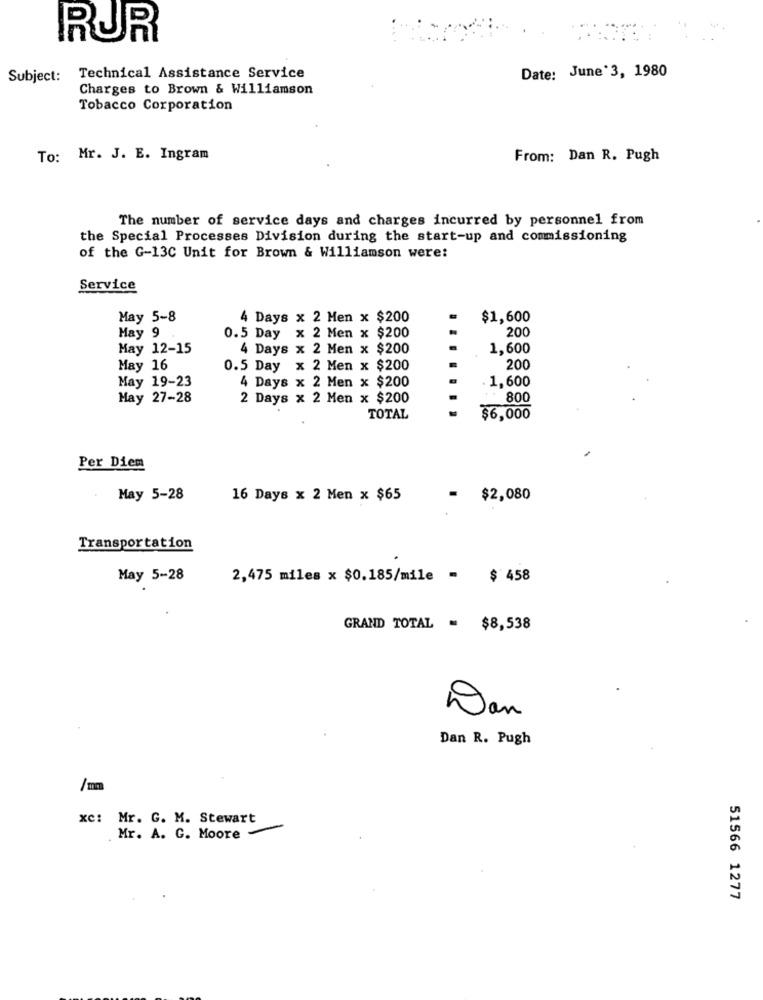
RUR
Subject: Technical Assistance Service
Date: June 3, 1980
Charges to Brown & Williamson
Tobacco Corporation
To: Mr. J. E. Ingram
From: Dan R. Pugh
The number of service days and charges incurred by personnel from
the Special Processes Division during the start-up and commissioning
of the G-13C Unit for Brown & Williamson were:
Service
May 5-8
4 Days x 2 Men x $200
$1,600
200
May 9
0.5 Day x 2 Men x $200
May 12-15
4 Days x 2 Men x $200
1.600
May 16
0.5 Day x 2 Men x $200
200
May 19-23
4 Days x 2 Men x $200
1,600
May 27-28
2 Days x 2 Men x $200
800
TOTAL
$6,000
Per Diem
May 5-28
16 Days x 2 Men x $65
= $2,080
Transportation
May 5-28
2,475 miles x $0.185/mile = $ 458
GRAND TOTAL = $8,538
Dan
Dan R. Pugh
/mm
xC:
Mr. G. M. Stewart
Mr. A. G. Moore
51566 1277